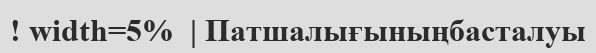
! width=5%  | Патшалығыныңбасталуы